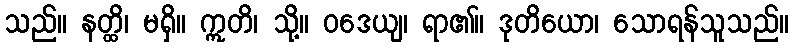
သည်။ နတ္ထိ၊ မရှိ။ ဣတိ၊ သို့။ ဝဒေယျ၊ ရာ၏။ ဒုတိယော၊ သောရန်သူသည်။